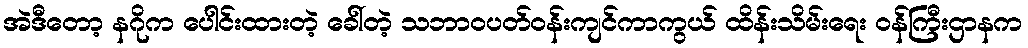
အဲဒီတော့ နဂိုက ပေါင်းထားတဲ့ ခေါ်တဲ့ သဘာဝပတ်ဝန်းကျင်ကာကွယ် ထိန်းသိမ်းရေး ဝန်ကြီးဌာနက